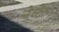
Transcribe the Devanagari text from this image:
नेसेंट